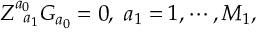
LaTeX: Z _ { \; \; a _ { 1 } } ^ { a _ { 0 } } G _ { a _ { 0 } } = 0 , \; a _ { 1 } = 1 , \cdots , M _ { 1 } ,